Report on sanitation, dispensaries, and jails in Rajputana for 1914, and on vaccination for the year 1914-1915 - 1914-1915
Year: 1914
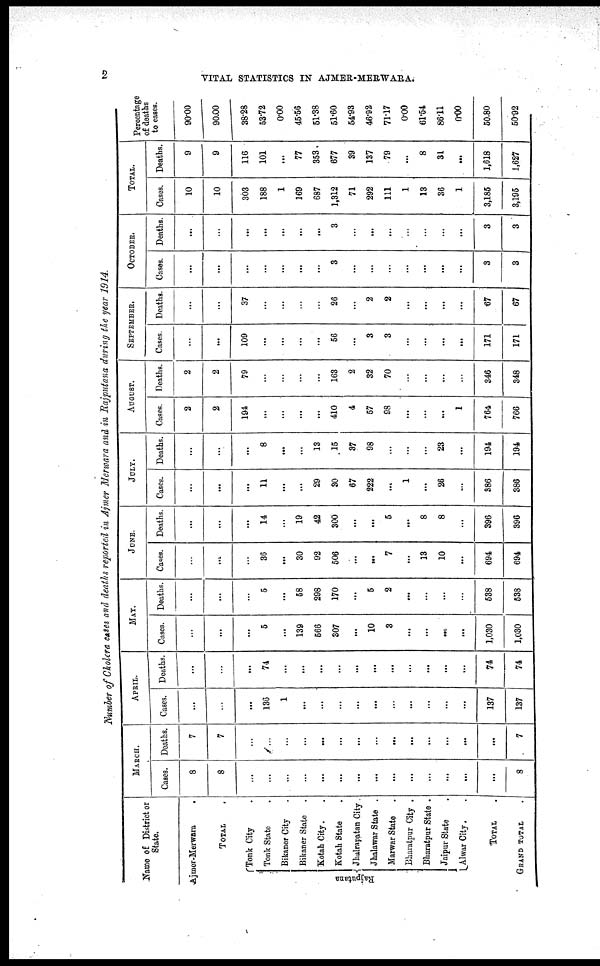
2
VITAL STATISTICS IN AJMER-MERWARA.
Number of Cholera cases and deaths reported in Ajmer Merwara and in Rajputana during the year 1914.
Name of District or
State.
Ajmer-Merwara
.
TOTAL .
Rajputana
Tonk City .
Tonk State .
Bikaner City .
Bikaner State .
Kotah City. .
Kotah State .
Jhulrapatan City .
Jhalawar State .
Marwar State .
Bharatpur City .
Bharatpur State .
Jaipur State .
Alwar City. .
TOTAL .
GRAND TOTAL .
MARCH.
Cases.
8
8
...
...
...
...
...
...
...
...
...
...
...
...
...
...
8
Deaths.
7
7
...
...
...
...
...
...
...
...
...
...
...
...
...
...
7
APRIL.
Cases.
...
...
...
136
1
...
...
...
...
...
...
...
...
...
...
137
137
Deaths.
...
...
...
74
...
...
...
...
...
...
...
...
...
...
...
74
74
MAY.
Cases.
...
...
...
5
...
139
566
307
...
10
3
...
...
...
...
1,030
1,030
Deaths.
...
...
...
5
...
58
298
170
...
5
2
...
...
...
...
538
538
JUNE.
Cases.
...
...
...
36
...
30
92
506
...
...
7
...
13
10
...
694
694
Deaths.
...
...
...
14
...
19
42
300
...
...
5
...
8
8
...
396
396
JULY.
Cases.
...
...
...
11
...
...
29
30
67
222
...
1
...
26
....
386
386
Deaths.
...
...
...
8
...
...
13
15
37
98
...
...
...
23
...
194
194
AUGUST.
Cases.
2
2
194
...
...
...
...
410
4
57
98
...
...
...
1
764
766
Deaths.
2
2
79
...
...
...
...
163
2
32
70
...
...
...
...
346
348
SEPTEMBER.
Cases.
...
...
109
...
...
...
...
56
...
3
3
...
...
...
...
171
171
Deaths.
...
...
37
...
...
...
...
26
...
2
2
...
...
...
...
67
67
OCTOBER.
Cases.
...
...
...
...
...
...
...
3
...
...
...
...
...
...
...
3
3
Deaths.
...
...
...
...
...
...
...
3
...
...
...
...
...
...
...
3
3
TOTAL.
Cases.
10
10
303
188
1
169
687
1,312
71
292
111
1
13
36
1
3,185
3,195
Deaths.
9
9
116
101
... 77
353
677
39
137
79
...
8
31
...
1,618
1,627
Percentage
of deaths
to cases.
90.00
90.00
38.28
53.72
0.00
45.56
51.38
51.60
54.93
46.92
71.17
0.00
61.54
86.11
0.00
50.80
50.92